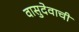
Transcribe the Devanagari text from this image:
वासुदेवाची